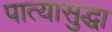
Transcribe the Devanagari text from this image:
पात्यासुद्धा